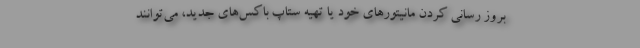
بروز رسانی کردن مانیتورهای خود یا تهیه ستاپ باکس‌های جدید، می‌توانند